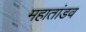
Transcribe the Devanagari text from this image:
महातांडव